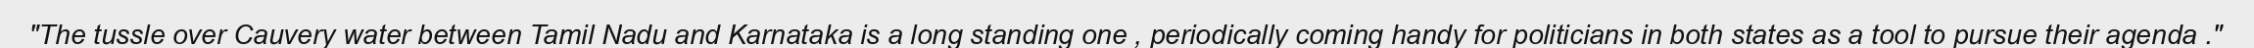
"The tussle over Cauvery water between Tamil Nadu and Karnataka is a long standing one , periodically coming handy for politicians in both states as a tool to pursue their agenda ."